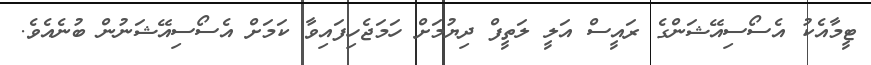
ޓީމާއެކު އެސޯސިއޭޝަންގެ ރައީސް އަލީ ލަތީފް ދިޔުމަށް ހަމަޖެހިފައިވާ ކަމަށް އެސޯސިއޭޝަނުން ބުނެއެވެ.